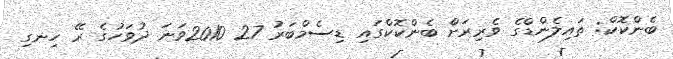
ބެންކޮކް: ތައިލެންޑްގެ ވެރިރަށް ބެންކޮކްގައި ޑިސެމްބަރު 27 2010ވަނަ ދުވަހުގެ ރޭ ހިނގި